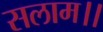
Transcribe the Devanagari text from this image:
सलाम।।